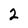
Character: 2